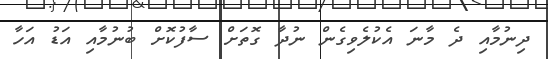
ދިނުމާއި ދެ މާނަ އެކުލެވިގެން ނުދާ ގޮތަށް ސާފުކޮށް ބުނުމާއި އަޑު އަހާ